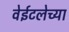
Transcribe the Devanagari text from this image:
वेईटलेच्या